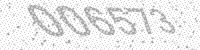
Solution: 006573